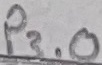
Text: P3.0